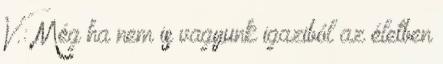
V.: Még ha nem is vagyunk igaziból az életben